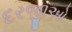
દરજીઓ